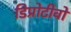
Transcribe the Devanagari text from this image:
डिप्रोटीवो